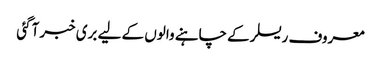
معروف ریسلر کے چاہنے والوں کے لیے بری خبر آگئی